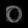
Digit: ၀